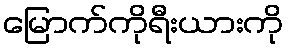
မြောက်ကိုရီးယားကို